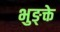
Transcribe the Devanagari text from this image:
भुङ्क्ते